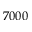
7 0 0 0